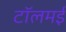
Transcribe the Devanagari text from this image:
टॉलमई